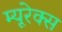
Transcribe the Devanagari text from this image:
म्यूरेक्स